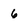
Character: 6